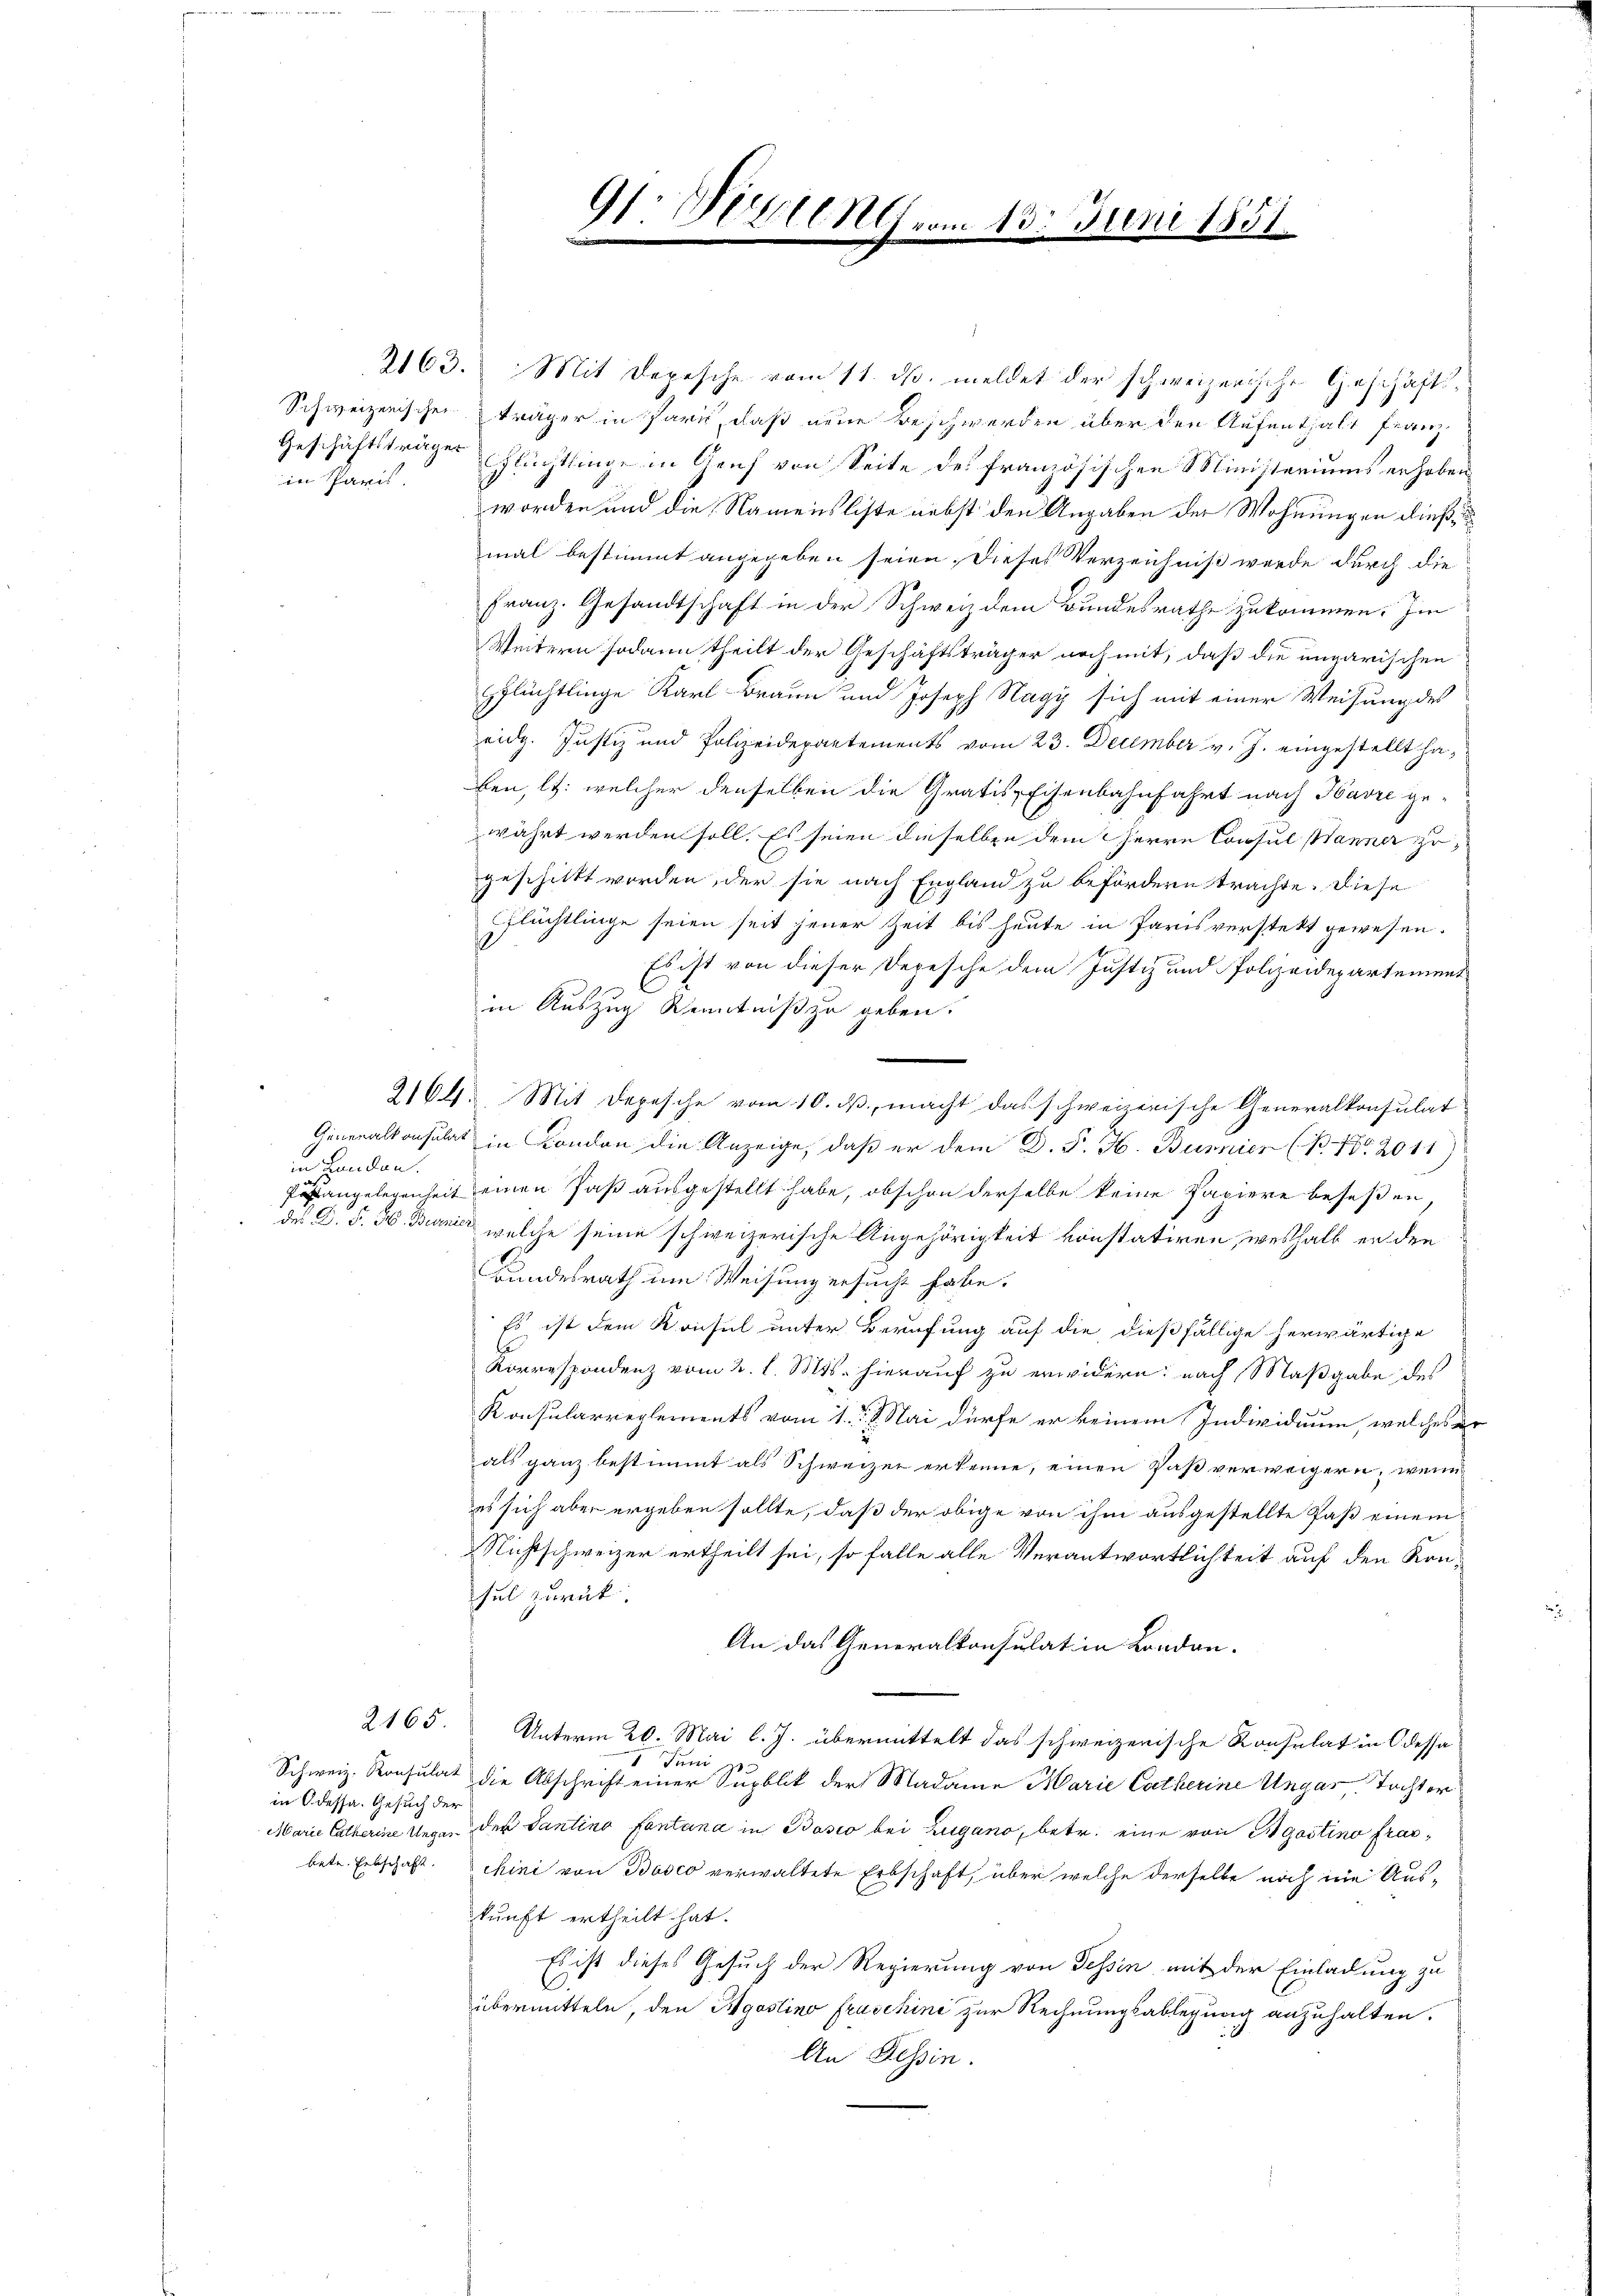
in Paris.

in Handen.

2165.

Schweiz. Konsula
in Odessa. Gesuch der
Marie Catherine Unge
betr. Erbschaft.

2163. Mit Depesche vom 11. ds. meldet der schweizerische Geschäfts¬
Schweizerischen träger in Paris, daß neue Beschwerden über den Aufenthalt Franz
Geschichtstrages Flüchtlinge in Genf von Seite des französischen Ministeriums erhoben
worden und die Namensliste nebst den Angaben der Wohnungen dieß
mal bestimmt angegeben seien, dieses Verzeichnis werde durch die
Franz. Gesandtschaft in der Schweiz dem Bundesrathe zukommen. Im
Weitern sodann theilt der Geschäftsträger noch mit, daß die ungarischen
pflüchtlinge Karl Braun und Joseph Nagy sich mit einer Weisung des
eidg. Justiz und Polizeidepartements vom 23. December v. J. eingestellt haben, lt. welcher denselben die Gratis-Eisenbahnfahrt nach Havre gewährt werden soll. Es seien dieselben dem Herrn Consul Männer zu
geschickt worden, der sie nach England zu befördern trachte. Diese
Fflüchtlinge seien seit jener Zeit bis heute in Parisverstekt gewesen.
Es ist von dieser Depesche dem Justiz und Polizeidepartement
in Auszug Kenntniß zu geben.
2164. Mit Depesche vom 10. ds, macht das schweizerische Generalkonsulat
Generalkonsulat in London die Anzeige, daß er dem D. P. N. Bunnier (B. No. 2011)
sangelegenheit einen Paß ausgestellt habe, obschon derselbe keine Papiere beseßen
des C. S. 30. Juni welche seine schweizerische Angehörigkeit vonstatiren, weshalb er den
Bundesrath um Weisung ersucht habe.
Es ist dem Konsul unter Berufung auf die dießfällige herwärtige
Korrespondenz vom 2. l. Mts. hierauf zu erwidern; nach Maßgabe des
Konsularreglements vom 1. d. J. Mai dürfe er keinem Individuum, welches er
als ganz bestimmt als Schweizer erkenne, einen Paß verweigern, wenn
es sich aber ergeben sollte, daß der obige von ihm ausgestellte Paß einem
Nichtschweizer ertheilt sei, so falle alle Verantwortlichkeit auf den Konsel zurück.
An das Generalkonsulat in Landan-
Unterm 20. Mai l. J. übermittelt das schweizerische Konsulat in Odessa
 Juni ge
at die Abschrift einer Supblik der Madame Marie Catherine Ungar Tochter
un der Santino Fontana in Basio bei Zugano, betr. eine von Agastino franchini von Bosco verwaltete Erbschaft, über welche derselbe noch in Aus-
kunft ertheilt hat.
Es ist dieses Gesuch der Regierung von Tessin mit der Einladung zu
übermitteln, den Agostino fraschini zur Rechnungsablegung anzuhalten.
An Tessin.

.
.000
e
e

13. Juni 1857.